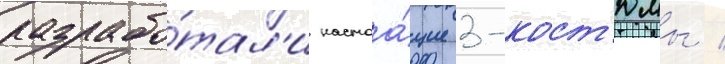
разрабо́тал'и настоа́щие 3-кост'юмы /